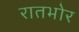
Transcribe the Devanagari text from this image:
रातभोर